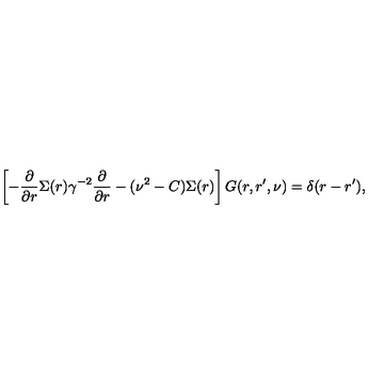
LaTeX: \left[ - \frac { \partial } { \partial r } \Sigma ( r ) \gamma ^ { - 2 } \frac { \partial } { \partial r } - ( \nu ^ { 2 } - C ) \Sigma ( r ) \right] G ( r , r ^ { \prime } , \nu ) = \delta ( r - r ^ { \prime } ) ,